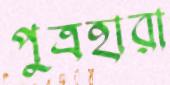
পুত্রহারা